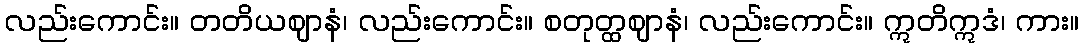
လည်းကောင်း။ တတိယဈာနံ၊ လည်းကောင်း။ စတုတ္ထဈာနံ၊ လည်းကောင်း။ ဣတိဣဒံ၊ ကား။